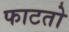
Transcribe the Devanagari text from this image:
फाटतो